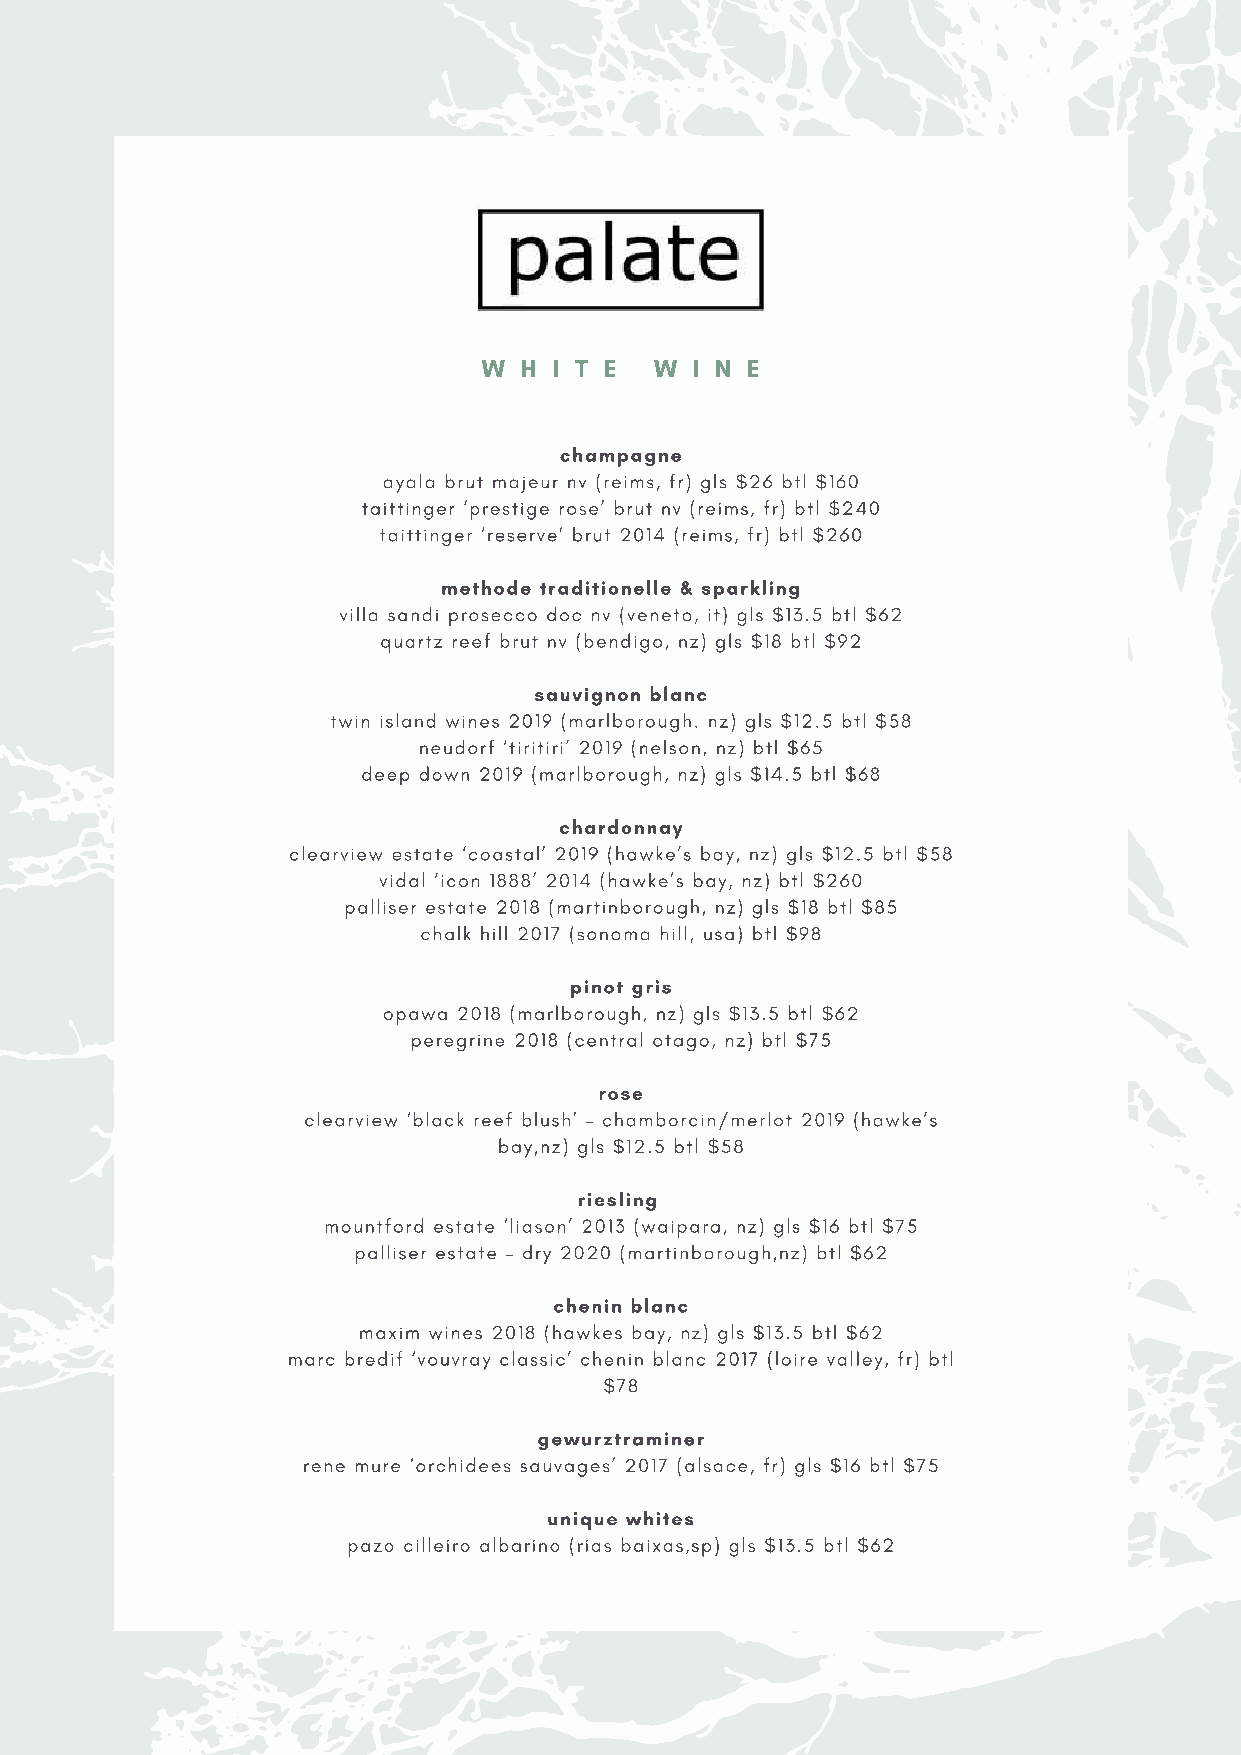
W H  I T E W  I N E
 champagne
 ayala brut majeur nv (reims, fr) gls $26 btl $160
 taittinger ‘prestige rose’ brut nv (reims, fr) btl $240
 taittinger ‘reserve’ brut 2014 (reims, fr) btl $260
 methode traditionelle & sparkling
 villa sandi prosecco doc nv (veneto, it) gls $13.5 btl $62
 quartz reef brut nv (bendigo, nz) gls $18 btl $92
 sauvignon blanc
 twin island wines 2019 (marlborough. nz) gls $12.5 btl $58
 neudorf ‘tiritiri’ 2019 (nelson, nz) btl $65
 deep down 2019 (marlborough, nz) gls $14.5 btl $68
 chardonnay
 clearview estate ‘coastal’ 2019 (hawke’s bay, nz) gls $12.5 btl $58
 vidal ‘icon 1888’ 2014 (hawke’s bay, nz) btl $260
 palliser estate 2018 (martinborough, nz) gls $18 btl $85
 chalk hill 2017 (sonoma hill, usa) btl $98
 pinot gris
 opawa 2018 (marlborough, nz) gls $13.5 btl $62
 peregrine 2018 (central otago, nz) btl $75
 rose
 clearview ‘black reef blush’ – chamborcin/merlot 2019 (hawke’s
 bay,nz) gls $12.5 btl $58
 riesling
 mountford estate ‘liason’ 2013 (waipara, nz) gls $16 btl $75
 palliser estate – dry 2020 (martinborough,nz) btl $62
 chenin blanc
 maxim wines 2018 (hawkes bay, nz) gls $13.5 btl $62
 marc bredif ‘vouvray classic’ chenin blanc 2017 (loire valley, fr) btl
 $78
 gewurztraminer
 rene mure ‘orchidees sauvages’ 2017 (alsace, fr) gls $16 btl $75
 unique whites
 pazo cilleiro albarino (rias baixas,sp) gls $13.5 btl $62